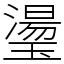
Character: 璗